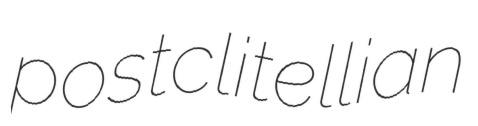
postclitellian